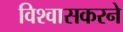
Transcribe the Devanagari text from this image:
विश्वासकरने